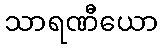
သာရဏီယော